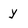
Character: y